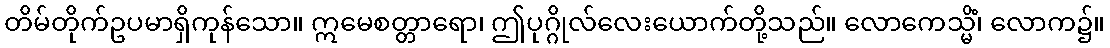
တိမ်တိုက်ဥပမာရှိကုန်သော။ ဣမေစတ္တာရော၊ ဤပုဂ္ဂိုလ်လေးယောက်တို့သည်။ လောကေသ္မိံ၊ လောက၌။